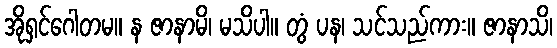
အိုရှင်ဂေါတမ။ န ဇာနာမိ၊ မသိပါ။ တွံ ပန၊ သင်သည်ကား။ ဇာနာသိ၊